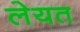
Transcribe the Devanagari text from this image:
लेयत